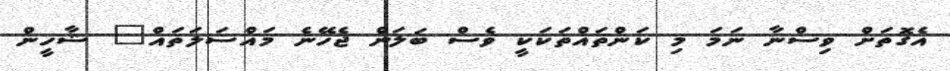
އެގޮތަށް ވިސްނާ ނަމަ މި ކަންތައްތަކަކީ ވެސް ބަލަން ޖެހޭނެ މައްސަލަތައް" ޝާހީން